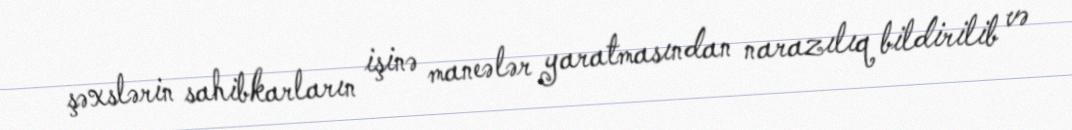
şəxslərin sahibkarların işinə maneələr yaratmasından narazılıq bildirilib və